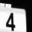
Digit: 4